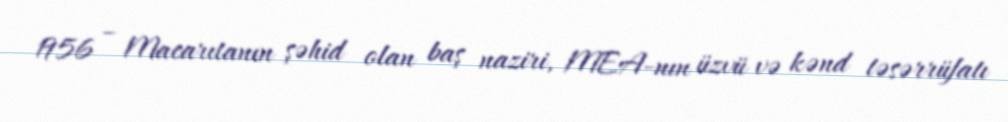
1956 – Macarıtanın şəhid olan baş naziri, MEA-nın üzvü və kənd təsərrüfatı